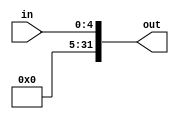
// only zero extend 5 bits to 32bits
// All are zero extend, will be used in sll, srl etc shift tool.
module ext5 (input wire[4:0] in,
              output wire[31:0] out);
assign out = {27'b0,in};
endmodule